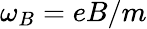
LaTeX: \omega_{B}=eB/m